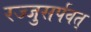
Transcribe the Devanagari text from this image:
रज्जुसर्पवत्